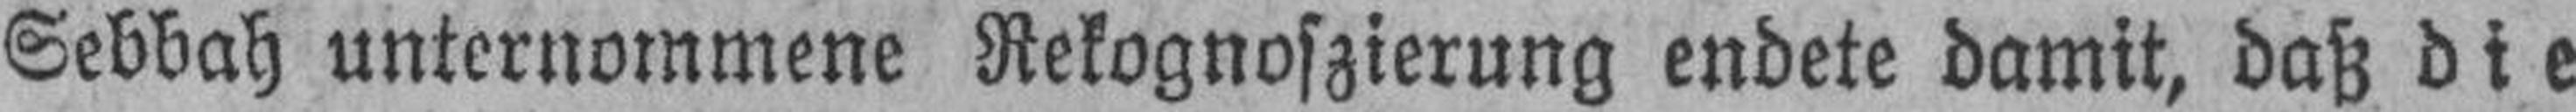
Sebbah unternommene Rekognoszierung endete damit, daß die